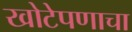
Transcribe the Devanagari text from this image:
खोटेपणाचा